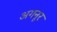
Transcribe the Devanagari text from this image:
अगनूर